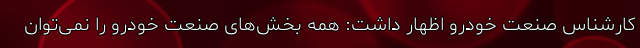
کارشناس صنعت خودرو اظهار داشت: همه بخش‌های صنعت خودرو را نمی‌توان